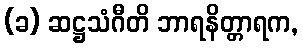
(ခ) ဆဋ္ဌသံဂီတိ ဘာရနိတ္တာရက,